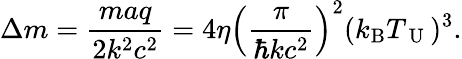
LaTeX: \Delta m=\frac{maq}{2k^{2}c^{2}}=4\eta\left(\frac{\pi}{\hbar kc^{2}}\right)^{2}(k_{\mathrm{B}}T_{\mathrm{~U~}})^{3}.